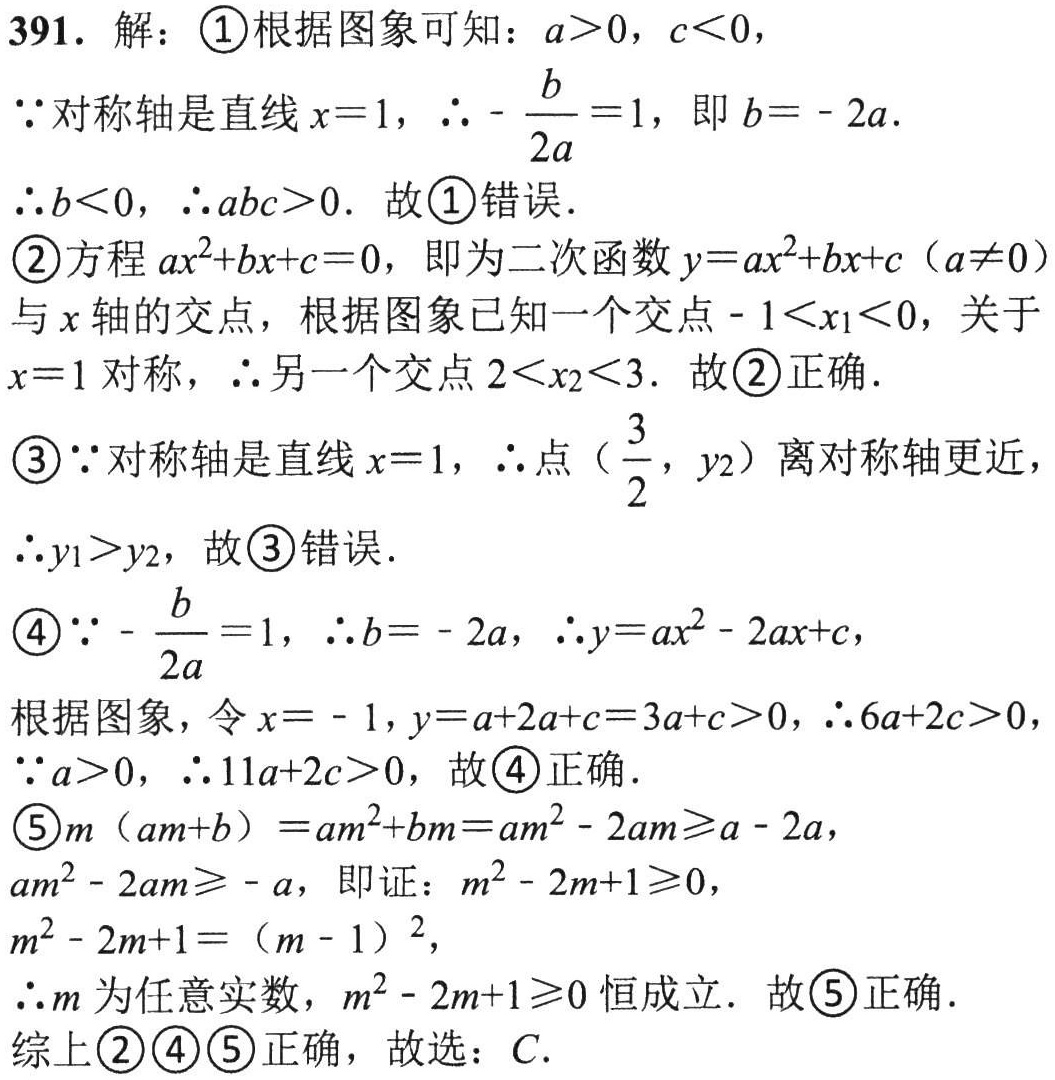
391. 解：\textcircled{1}根据图象可知：\(a > 0\)，\(c < 0\)，
\(\because\)对称轴是直线\(x = 1\)，\(\therefore-\dfrac{b}{2a}=1\)，即\(b = - 2a\).
\(\therefore b < 0\)，\(\therefore abc>0\). 故\textcircled{1}错误．
\textcircled{2}方程\(ax^{2}+bx + c = 0\)，即为二次函数\(y = ax^{2}+bx + c\ (a\neq0)\)与\(x\)轴的交点，根据图象已知一个交点\(-1 < x_{1}<0\)，关于\(x = 1\)对称，\(\therefore\)另一个交点\(2 < x_{2}<3\). 故\textcircled{2}正确．
\textcircled{3}\(\because\)对称轴是直线\(x = 1\)，\(\therefore\)点\((\dfrac{3}{2},y_{2})\)离对称轴更近，
\(\therefore y_{1}>y_{2}\)，故\textcircled{3}错误．
\textcircled{4}\(\because-\dfrac{b}{2a}=1\)，\(\therefore b = - 2a\)，\(\therefore y = ax^{2}-2ax + c\)，
根据图象，令\(x = - 1\)，\(y = a + 2a + c = 3a + c>0\)，\(\therefore6a + 2c>0\)，
\(\because a>0\)，\(\therefore11a + 2c>0\)，故\textcircled{4}正确．
\textcircled{5}\(m(am + b)=am^{2}+bm=am^{2}-2am\geqslant a - 2a\)，
\(am^{2}-2am\geqslant - a\)，即证：\(m^{2}-2m + 1\geqslant0\)，
\(m^{2}-2m + 1=(m - 1)^{2}\)，
\(\therefore m\)为任意实数，\(m^{2}-2m + 1\geqslant0\)恒成立．故\textcircled{5}正确．
综上\textcircled{2}\textcircled{4}\textcircled{5}正确，故选：\(C\)．